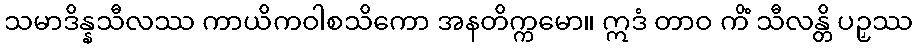
သမာဒိန္နသီလဿ ကာယိကဝါစသိကော အနတိက္ကမော။ ဣဒံ တာဝ ကိံ သီလန္တိ ပဉှဿ